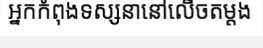
អ្នកកំពុងទស្សនានៅលើចតម្តង